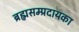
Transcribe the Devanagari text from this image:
ब्रह्मसम्प्रदायका